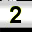
Digit: 2